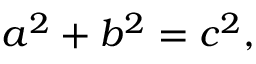
a ^ { 2 } + b ^ { 2 } = c ^ { 2 } ,